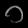
Digit: ၁